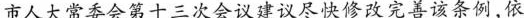
市人大常委会第十三次会议建议尽快修改完善该条例，依